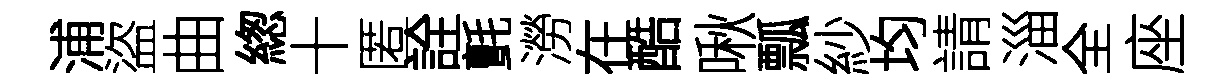
浦盜曲緫十匿詮氈澇在酷啾瓢紗均請淄全座